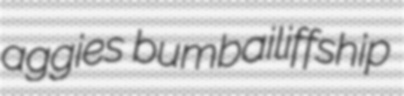
aggies bumbailiffship